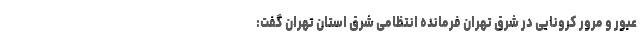
عبور و مرور کرونایی در شرق تهران فرمانده انتظامی شرق استان تهران گفت: